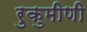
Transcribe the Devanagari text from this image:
रुकुमीणी